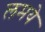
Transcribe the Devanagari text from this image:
लमये